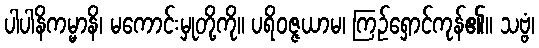
ပါပါနိကမ္မာနိ၊ မကောင်းမှုတို့ကို။ ပရိဝဇ္ဇယာမ၊ ကြဉ်ရှောင်ကုန်၏။ သဗ္ဗံ၊